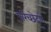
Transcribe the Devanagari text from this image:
परिच्छेदांत